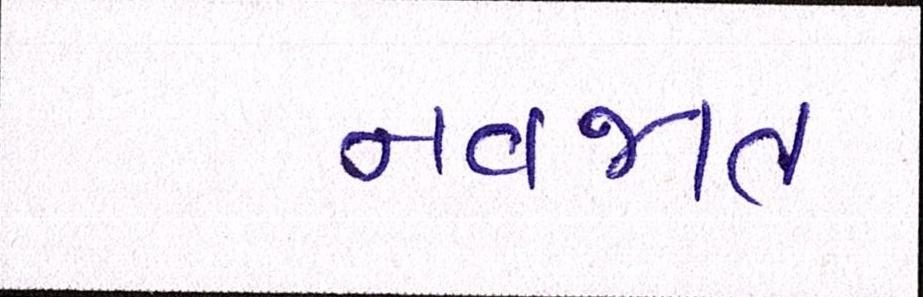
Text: નવજાત